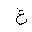
Letter: _gayn